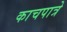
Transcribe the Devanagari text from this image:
काचपात्रे